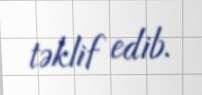
təklif edib.